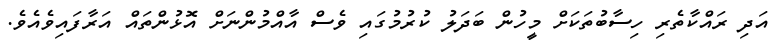
އަދި ރައްކާތެރި ހިސާބުތަކަށް މީހުން ބަދަލު ކުރުމުގައި ވެސް އާއްމުންނަށް އޮޅުންތައް އަރާފައިވެއެވެ.